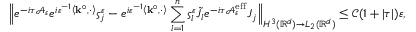
\Bigl \| e ^ { - i \tau \mathcal { A } _ { \varepsilon } } e ^ { i \varepsilon ^ { - 1 } \left\langle \mathbf { k } ^ { \circ } , \cdot \right\rangle } \varsigma _ { j } ^ { \varepsilon } - e ^ { i \varepsilon ^ { - 1 } \left\langle \mathbf { k } ^ { \circ } , \cdot \right\rangle } \sum _ { l = 1 } ^ { n } \varsigma _ { l } ^ { \varepsilon } \tilde { J } _ { l } e ^ { - i \tau \mathcal { A } _ { \varepsilon } ^ { \mathrm { e f f } } } J _ { j } \Bigr \| _ { H ^ { 3 } ( \mathbb { R } ^ { d } ) \to L _ { 2 } ( \mathbb { R } ^ { d } ) } \le \mathcal { C } ( 1 + | \tau | ) \varepsilon ,